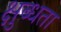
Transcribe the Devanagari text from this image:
क्षुब्धता